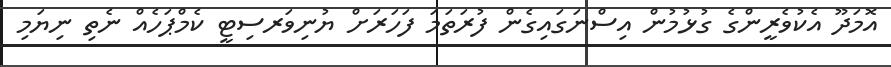
އޮމަދޫ އެކުވެރީންގެ ގުޅުމުން އިސްނަގައިގެން ފުރަތަމަ ފަހަރަށް ޔުނިވަރސިޓީ ކެމްޕަހެއް ނެތި ނިޔަމި